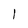
Character: l